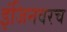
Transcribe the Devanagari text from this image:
इंजिनवरच